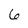
Character: 6